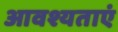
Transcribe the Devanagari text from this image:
आवश्यताएं